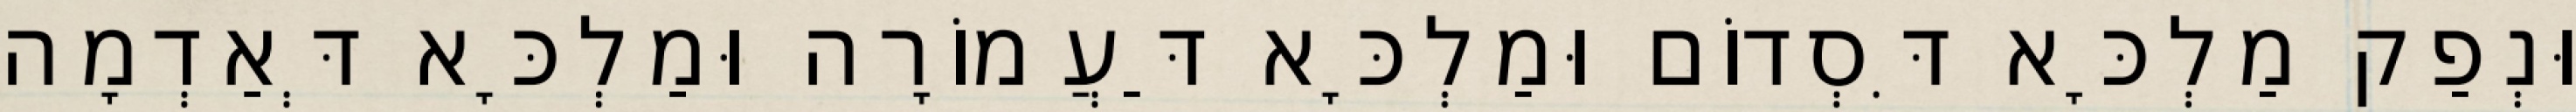
וּנְפַק מַלְכָּא דִּסְדוֹם וּמַלְכָּא דַּעֲמוֹרָה וּמַלְכָּא דְּאַדְמָה